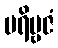
ပရိဗ္ဗဇံ